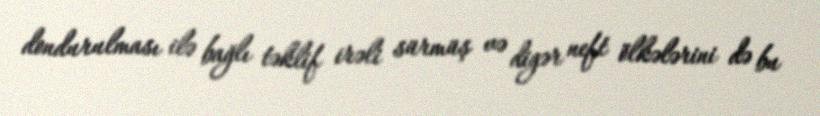
dondurulması ilə bağlı təklif irəli sürmüş və digər neft ölkələrini də bu